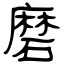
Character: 磨